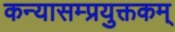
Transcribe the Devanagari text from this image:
कन्यासम्प्रयुक्तकम्